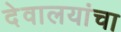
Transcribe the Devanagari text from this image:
देवालयांचा